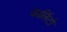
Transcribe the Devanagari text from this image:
कार्लिटो